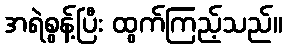
အရဲစွန့်ပြီး ထွက်ကြည့်သည်။